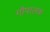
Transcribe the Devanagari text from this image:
गौपालक